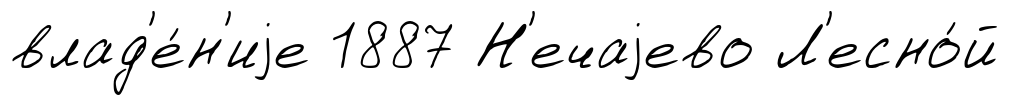
влад'е́н'иjе 1887 Н'ечаjево Л'есно́й